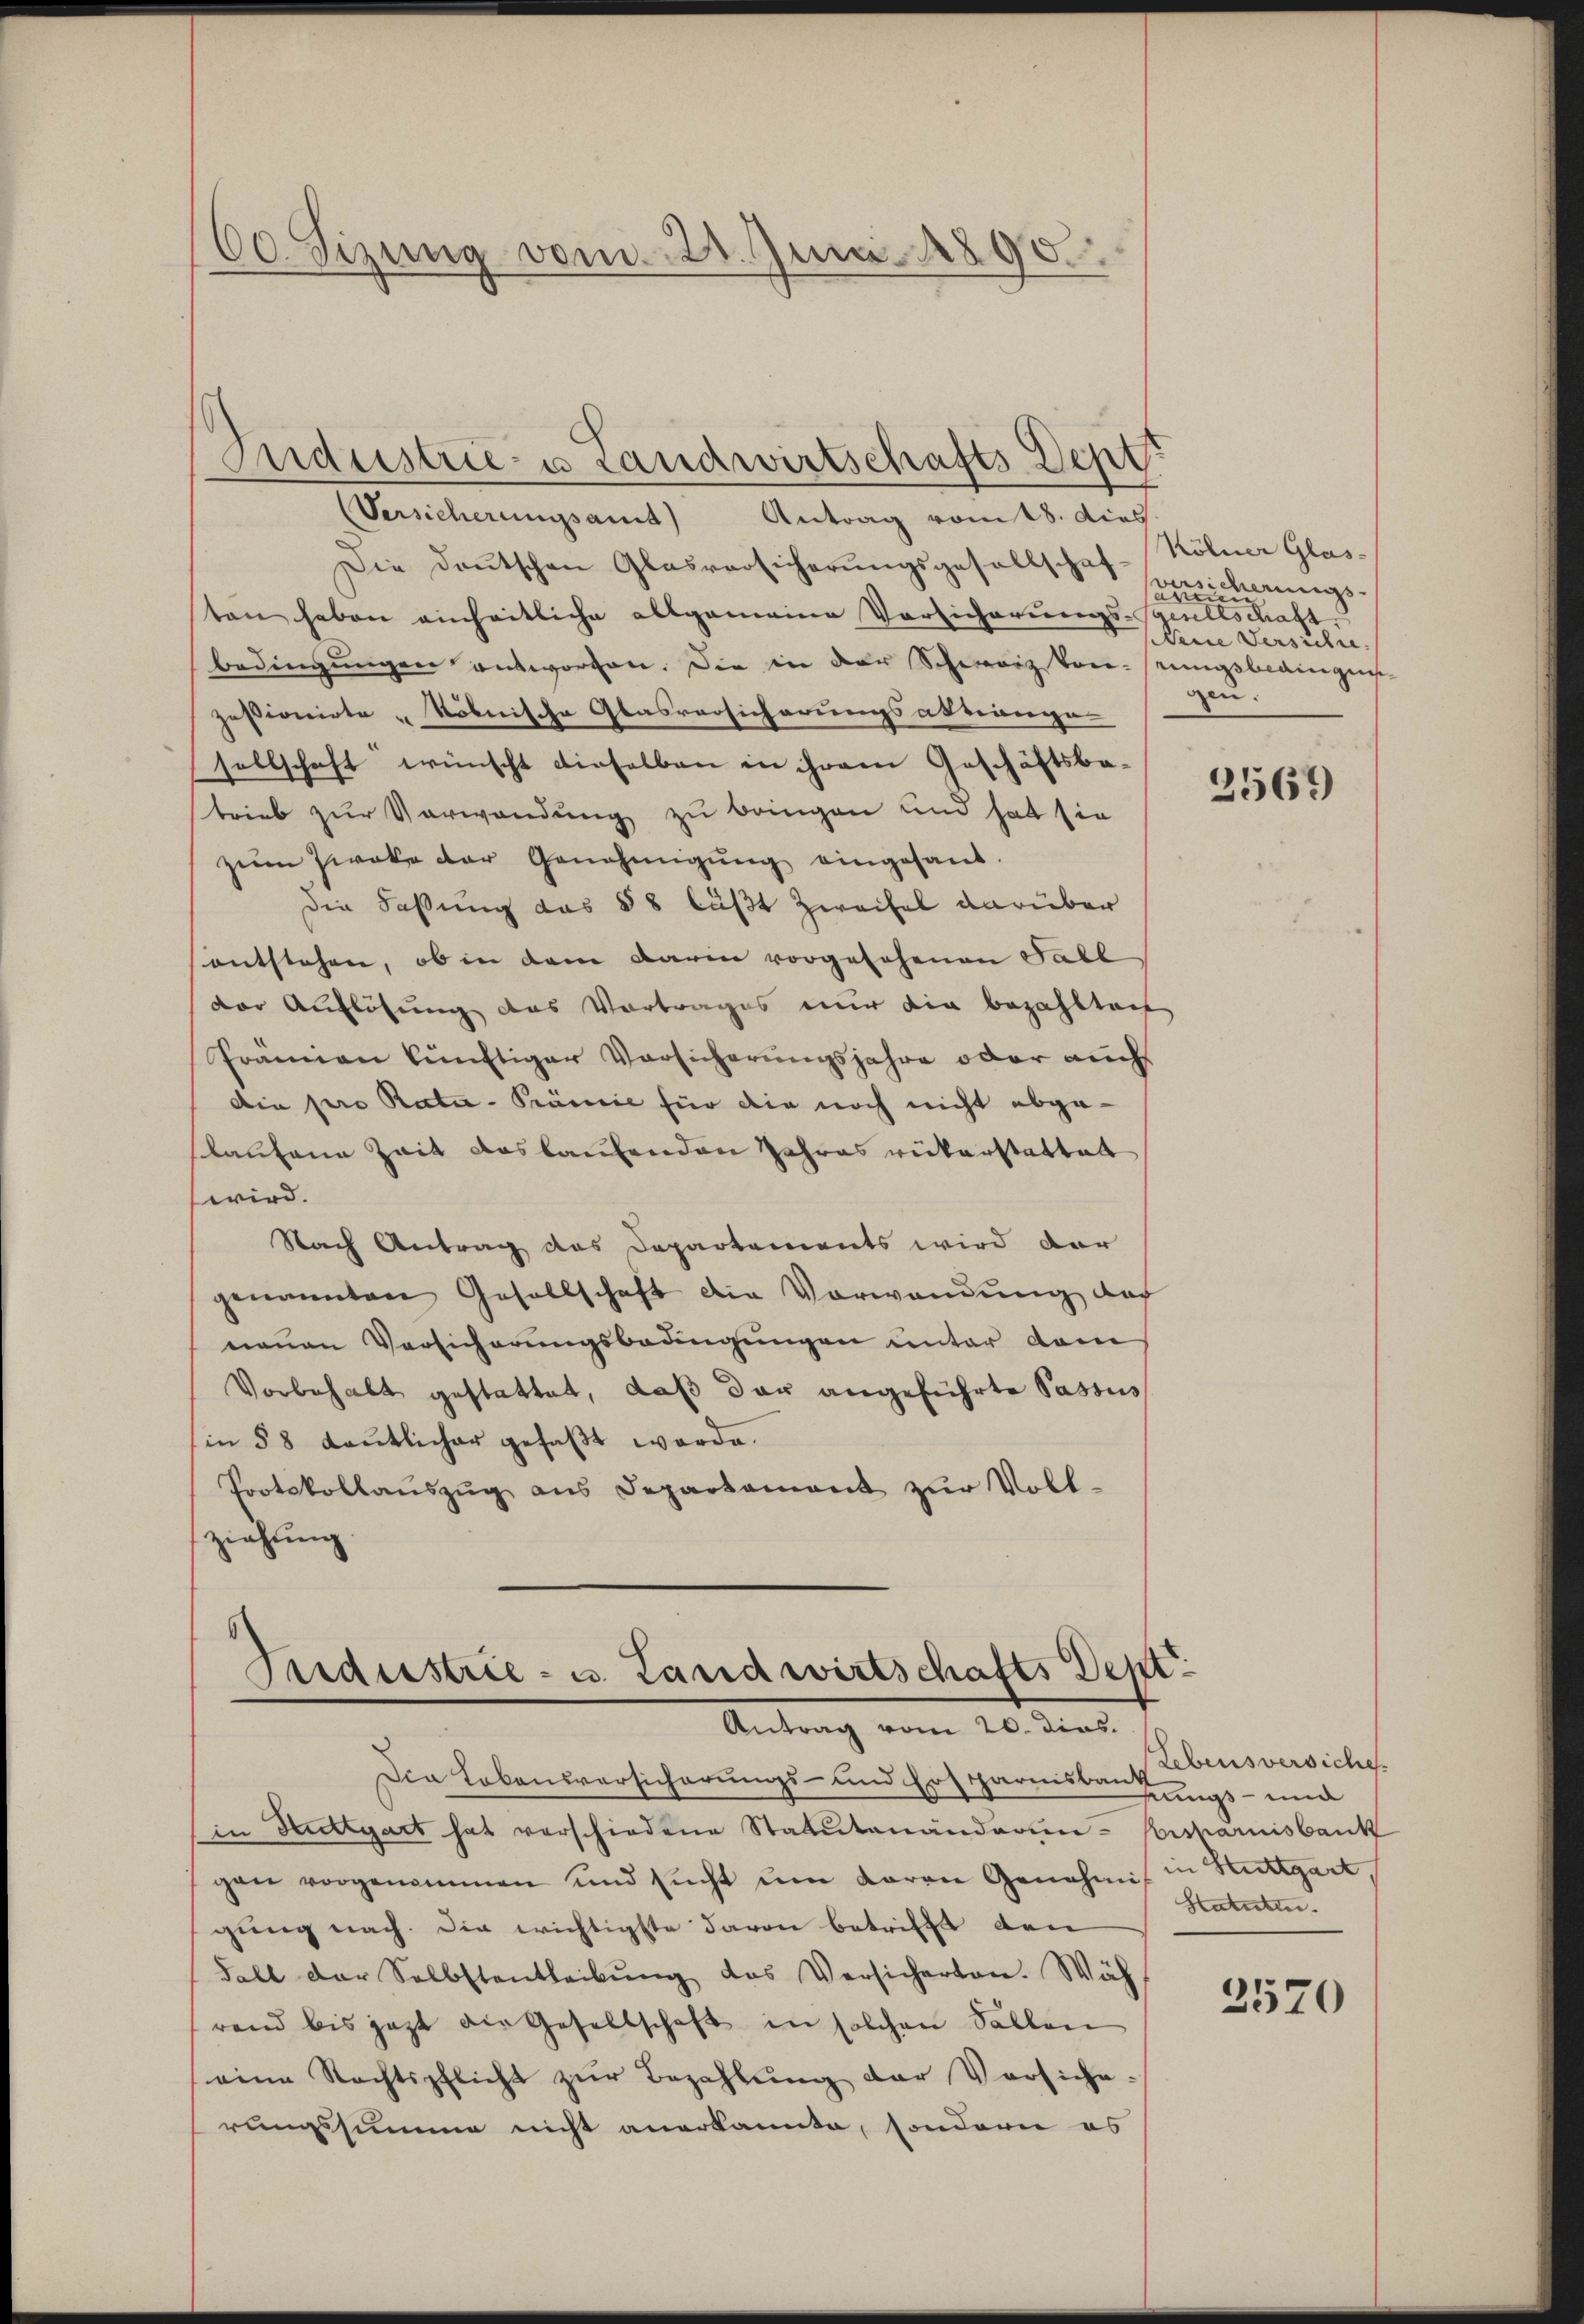
60. Sizung vom 28. Juni 1890.

(Versicherungsamt Antrag vom 18. dies
Die Deutschen Glasversicherungsgesellschaf-
ten haben einheitliche allgemeine Vorsicherungs-Gesellschaft
bedingungen entworten. Die in der Schwarzten stungsbedingens-
zessionirte „köbnische Glasversicherungsabtrange
sellschaft wünscht dieselben in ihrem Geschäftsba-
trieb zur Verwendung zu bringen und hat sie
zŭm Zweke der Genehmigŭng eingesand.
Die Faßung das 588 läßt Zweifel darüber
entstehen, ob in dem darin vorgesehenen Fall
der Auflösung des Vortrages nur die bezahltag
Prämien künftiger Vorsicherungsjahre oder auch
die pro Rate-Prämie für die noch nicht abgelaufene Zeit auskaufenden Jahres wickerstattet
wird.
Nach Antrag das Departements wird der
genannten Gesellschaft die Vorwandŭng doch
neuen Versicherungsbedingungen unter dam
Vorbehalt gestattet, daß dar angeführte Passus
(in 58 deutlicher gefaßt werde.
Protokollaŭszŭg ans Departament zŭr Voll-
ziehung.

Endustrie- & Landwirtschafts Dep

Jundustrie- u. Landwirtschafts Dept
Antrag vom 20. dies.

Kölner Glas-
wer
Sicherungs-
un
Neue Versichte.
gen:

Die Lebensversicherungs- und Erspareisbarkungs- und
in Stuttgart hat verschiedene Statutenänderun- Bisharnisbank
gen vorgenommen und sucht um daran Genehmis in Stuttgart,
gung nach die wichtigste davon betrifft den
Fall der Selbstentleibŭng das Versicherten. Wäh
rend bis jetzt die Gesellschaft in solchen Fallen
eine Rechtspflicht zŭr Bezahlŭng der Versiche:
rungssumme nicht anerkannte, sondern es

2569)

Lebensversiche
Statuten.

2570